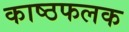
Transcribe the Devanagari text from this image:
काष्ठफलक